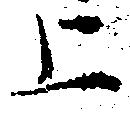
上